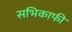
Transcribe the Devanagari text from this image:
सभिकाफी